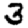
Digit: 3